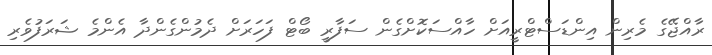
ރާއްޖޭގެ މެރިން އިންޑަސްޓްރީއަށް ހާއްސަކޮށްގެން ސަފާރީ ބޯޓް ފަހަރަށް ދެމުންގެންދާ އެންމެ ޝަރަފުވެރި